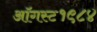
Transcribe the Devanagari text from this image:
ऑगस्ट१९८४